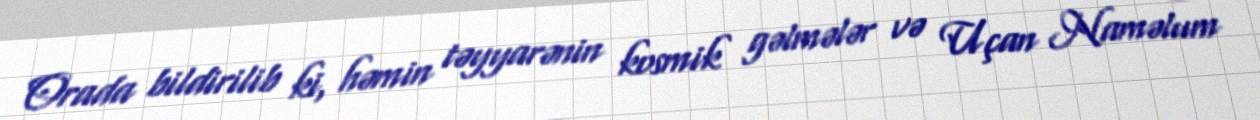
Orada bildirilib ki, həmin təyyarənin kosmik gəlmələr və Uçan Naməlum